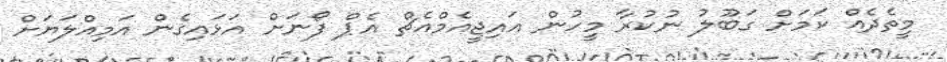
މީތެދެއް ކަމަށް ގަބޫލު ނުކުރާ މީހުން އައިޖީއެމްއެޗް އެޕް ފޯނަށް އަޅައިގެން އަމިއްލަޔަށް